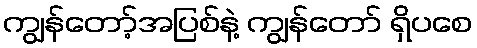
ကျွန်တော့်အပြစ်နဲ့ ကျွန်တော် ရှိပစေ